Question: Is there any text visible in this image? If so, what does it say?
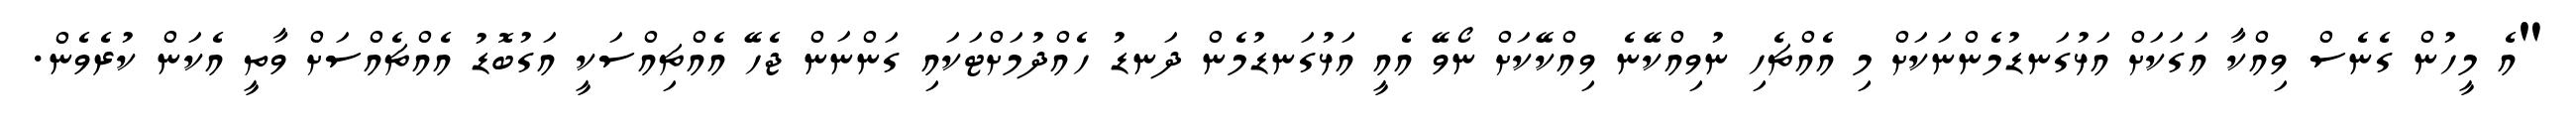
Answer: "އެ މީހުން ގެނެސް ވިއްކާ އަގަކަށް އަޅުގަނޑުމެންނަކަށް މި އެއްޗެހި ނުވިއްކޭނެ ވިއްކޭކަށް ނޯވޭ އެއީ އަޅުގަނޑުމެން ދަނޑު ހެއްދުމަށްޓަކައި ގަންނަން ޖެހޭ އެއްޗިއްސަކީ އަގުބޮޑު އެއްޗެއްސަށް ވާތީ އެކަން ކުރެވެން.